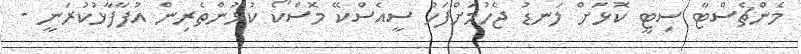
މެންޗެސްޓާ ސިޓީ ކޮޅަށް ލަނޑު ޖެހުމަށްފަހު ސީއެސްކޭ މޮސްކޯ ކުޅުންތެރިން އުފާފާޅުކުރަނީ -